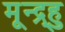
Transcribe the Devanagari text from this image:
मून्द्र्हु